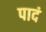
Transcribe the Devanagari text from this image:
पादं